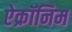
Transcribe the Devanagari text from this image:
ऐक्रॉनिम